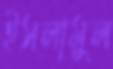
ইসলামুল